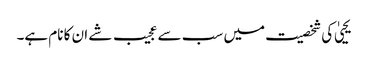
یحییٰ کی شخصیت میں سب سے عجیب شے ان کا نام ہے۔